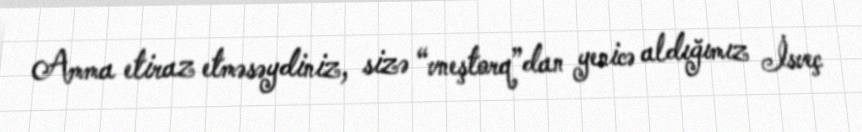
Amma etiraz etməsəydiniz, sizə “vneştorq”dan yenicə aldığımız İsveç